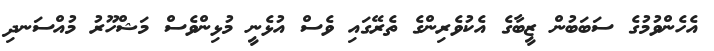
އެހެންވުމުގެ ސަބަބުން ޒީބާގެ އެކުވެރިންގެ ތެރޭގައި ވެސް އުޅެނީ މުޅިންވެސް މަޝްހޫރު މުއްސަނދި